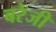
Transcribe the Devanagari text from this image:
बरेजी